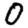
Digit: 0